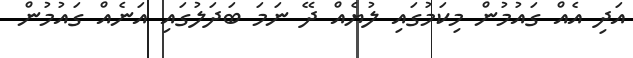
އަދި އެއް ގައުމުން މިކަމުގައި ލުޔެއް ދޭ ނަމަ ބަދަލުގައި އަނެއް ގައުމުން